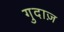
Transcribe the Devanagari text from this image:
गुदाज़